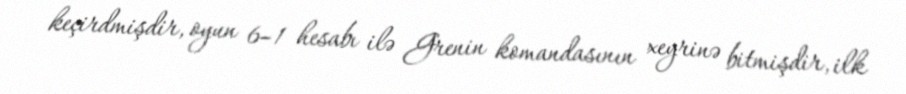
keçirdmişdir, oyun 6–1 hesabı ilə Grenin komandasının xeyrinə bitmişdir, ilk